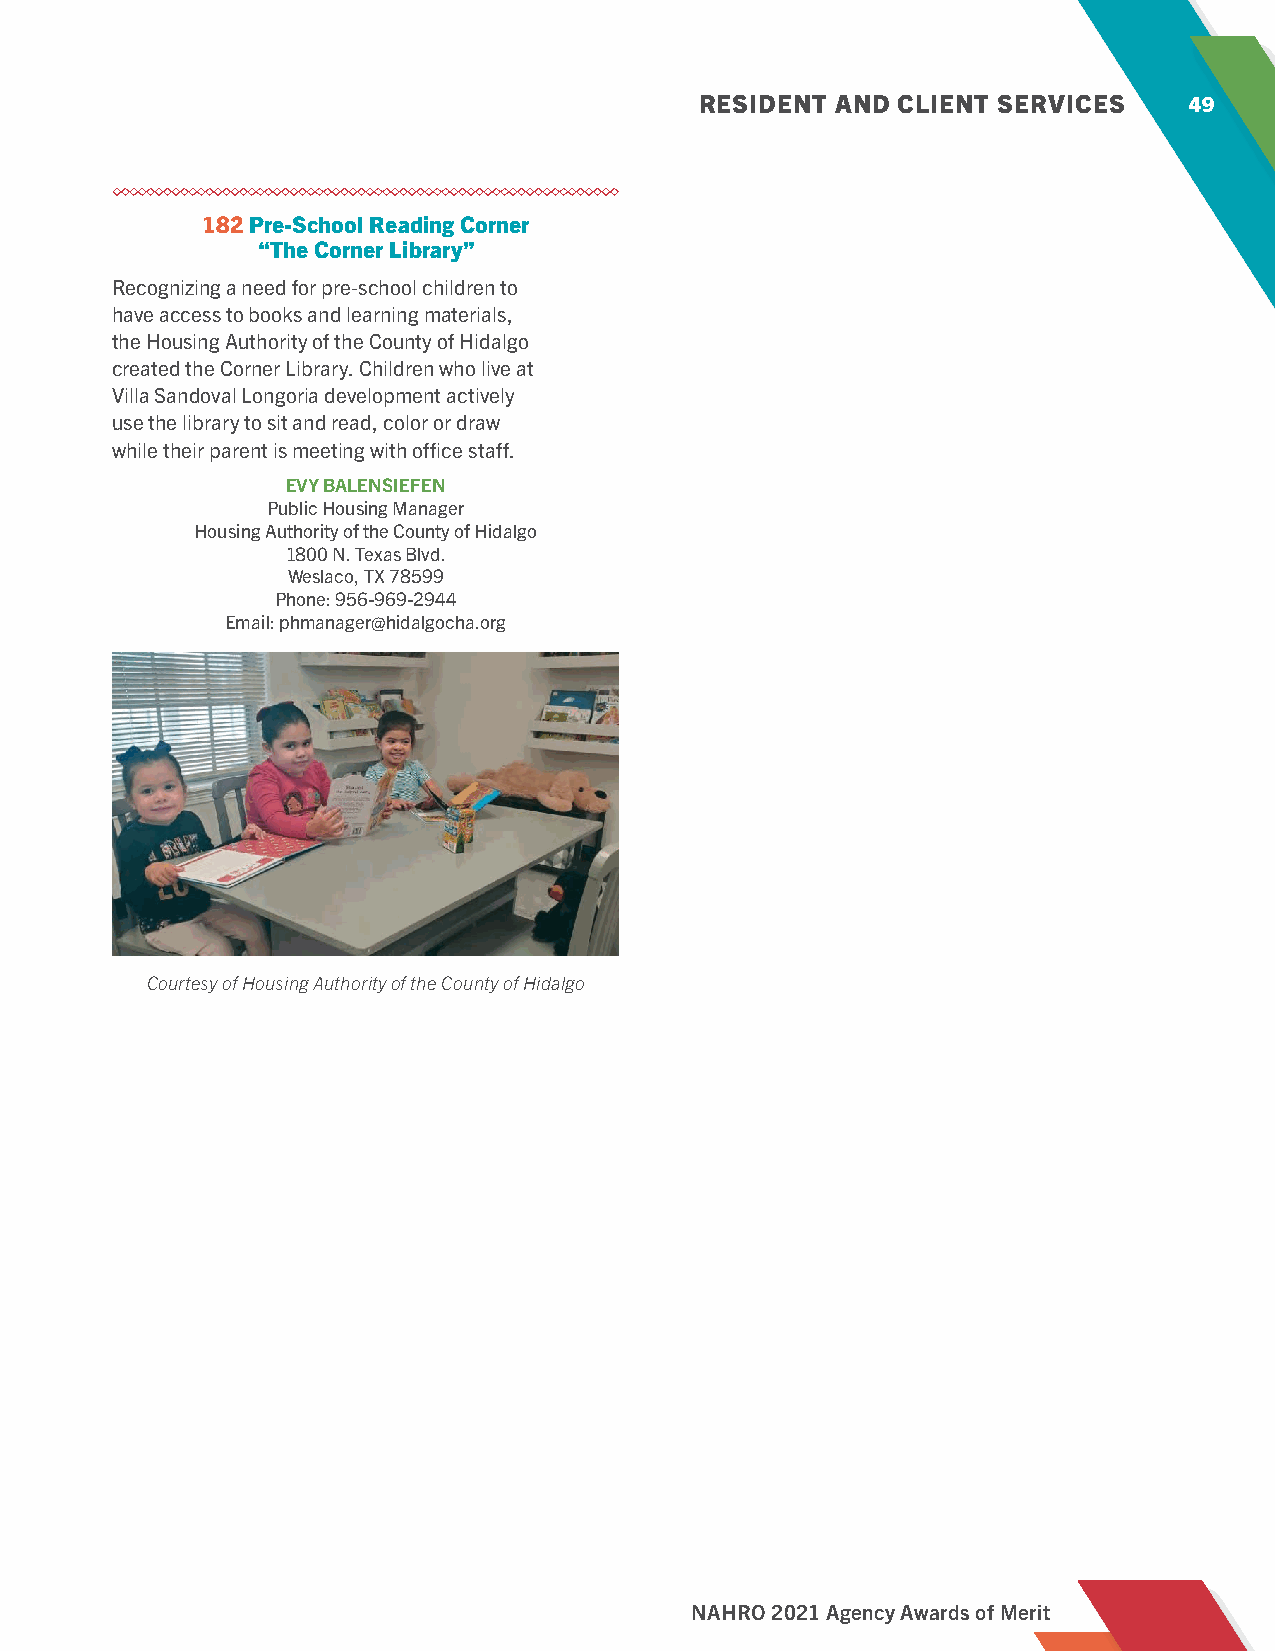
RESIDENT AND CLIENT SERVICES     49
 182 Pre-School Reading Corner
 “The Corner Library”
 Recognizing a need for pre-school children to
 have access to books and learning materials,
 the Housing Authority of the County of Hidalgo
 created the Corner Library. Children who live at
 Villa Sandoval Longoria development actively
 use the library to sit and read, color or draw
 while their parent is meeting with office staff.
 EVY BALENSIEFEN
 Public Housing Manager
 Housing Authority of the County of Hidalgo
 1800 N. Texas Blvd.
 Weslaco, TX 78599
 Phone: 956-969-2944
 Email: phmanager@hidalgocha.org
 Courtesy of Housing Authority of the County of Hidalgo
 NAHRO 2021 Agency Awards of Merit